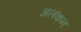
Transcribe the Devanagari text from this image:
अलंकन